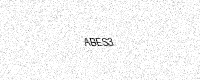
Text: ABES3